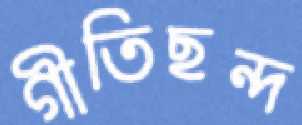
গীতিছন্দ